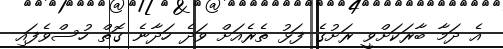
އެ ދަމާ ބާރަކަށްވީ ރަށުގެ ފަޅު ތެރެއަށް ވަދެ ހަދާނެ ގޮތް ހުސްވެފައި